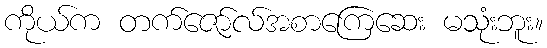
ကိုယ်က တက်ဇော်လ်အစာကြေဆေး မသုံးဘူး။